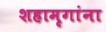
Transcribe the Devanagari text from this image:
शहामृगांना